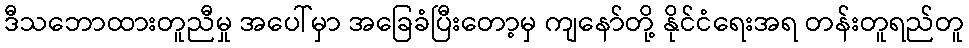
ဒီသဘောထားတူညီမှု အပေါ်မှာ အခြေခံပြီးတော့မှ ကျနော်တို့ နိုင်ငံရေးအရ တန်းတူရည်တူ